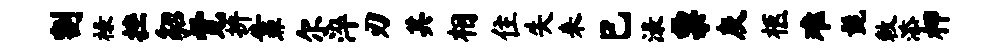
割禄挫貂觉拚靠尔淬刃其相住失来巳渌票灰柩难髭敕添柙